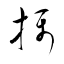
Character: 摂